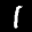
Label: 1